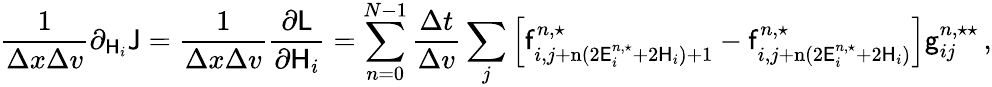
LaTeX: \frac{1}{\Delta x\Delta v}\partial_{\mathsf{H}_{i}}\mathsf{J}=\frac{1}{\Delta x\Delta v}\frac{\partial\mathsf{L}}{\partial\mathsf{H}_{i}}=\sum_{n=0}^{N-1}\frac{\Delta t}{\Delta v}\sum_{j}\left[\mathsf{f}_{i,j+\mathrm{n}(2\mathsf{E}_{i}^{n,\star}+2\mathsf{H}_{i})+1}^{n,\star}-\mathsf{f}_{i,j+\mathrm{n}(2\mathsf{E}_{i}^{n,\star}+2\mathsf{H}_{i})}^{n,\star}\right]\mathsf{g}_{ij}^{n,\star\star}\, ,